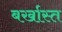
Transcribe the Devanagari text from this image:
बर्खास्त